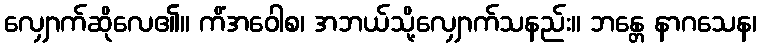
လျှောက်ဆိုလေ၏။ ကိံအဝေါစ၊ အဘယ်သို့လျှောက်သနည်း။ ဘန္တေ နာဂသေန၊